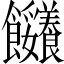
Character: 𩟼